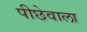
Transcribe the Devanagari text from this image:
पीछेवाला